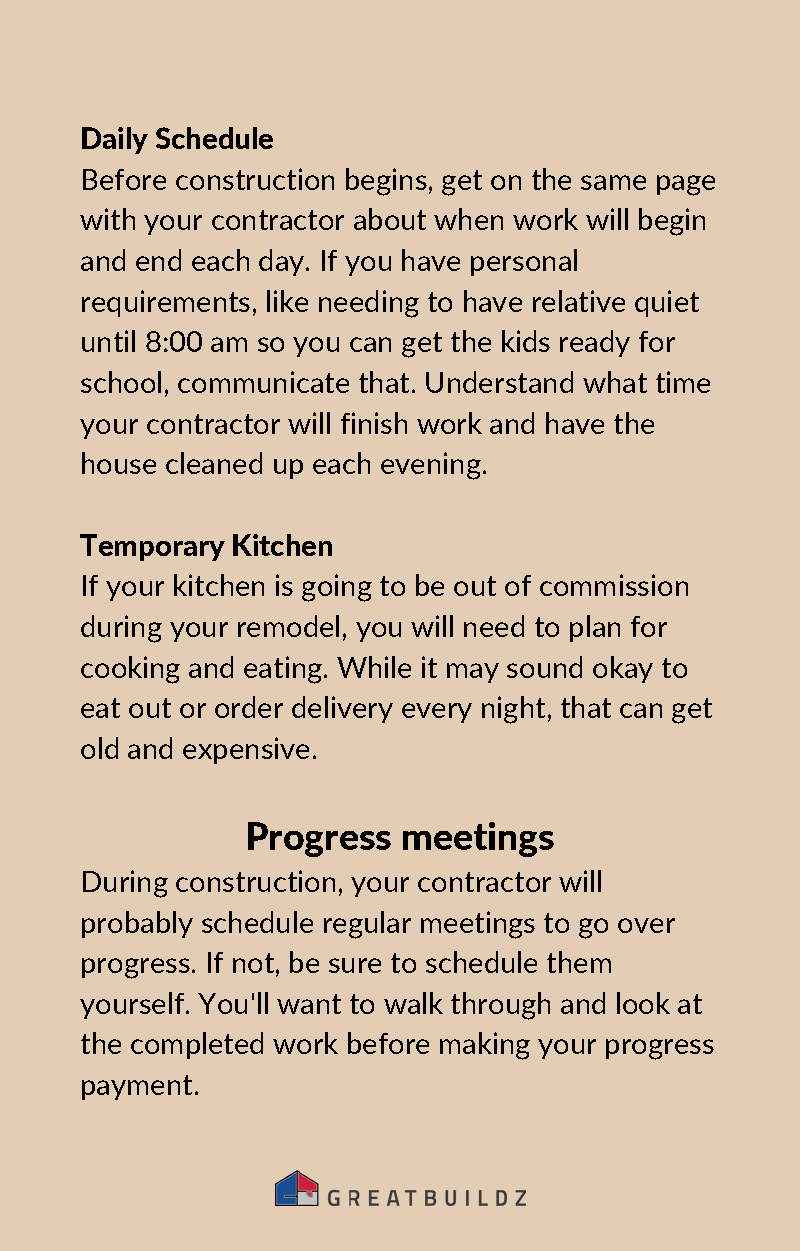
Daily Schedule
 Before construction begins, get on the same page
 with your contractor about when work will begin
 and end each day. If you have personal
 requirements, like needing to have relative quiet
 until 8:00 am so you can get the kids ready for
 school, communicate that. Understand what time
 your contractor will finish work and have the
 house cleaned up each evening.
 Temporary Kitchen
 If your kitchen is going to be out of commission
 during your remodel, you will need to plan for
 cooking and eating. While it may sound okay to
 eat out or order delivery every night, that can get
 old and expensive.
 Progress   meetings
 During construction, your contractor will
 probably schedule regular meetings to go over
 progress. If not, be sure to schedule them
 yourself. You'll want to walk through and look at
 the completed work before making your progress
 payment.